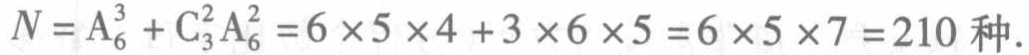
\(N = A_{6}^{3}+C_{3}^{2}A_{6}^{2}=6\times5\times4 + 3\times6\times5=6\times5\times7 = 210 \text{ 种}.\)